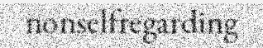
nonselfregarding